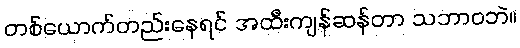
တစ်ယောက်တည်းနေရင် အထီးကျန်ဆန်တာ သဘာဝဘဲ။